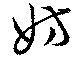
妨